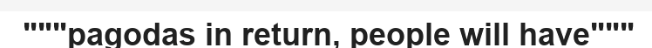
"""pagodas in return, people will have"""